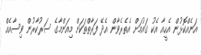
އަނެއްކޮޅުން އެހީއާ އެކު ގައުމަށް އެތެރެވާން އެދޭ ފަރާތްތަކަށް މިއަންމާގެ ސަރުކާރުން ވިސާއެއް